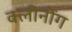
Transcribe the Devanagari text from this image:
क्लीनींग